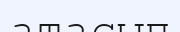
атасып